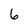
Character: 6